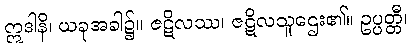
ဣဒါနိ၊ ယခုအခါ၌။ ဇဋိလဿ၊ ဇဋိလသူဌေး၏။ ဥပ္ပတ္တီ၊